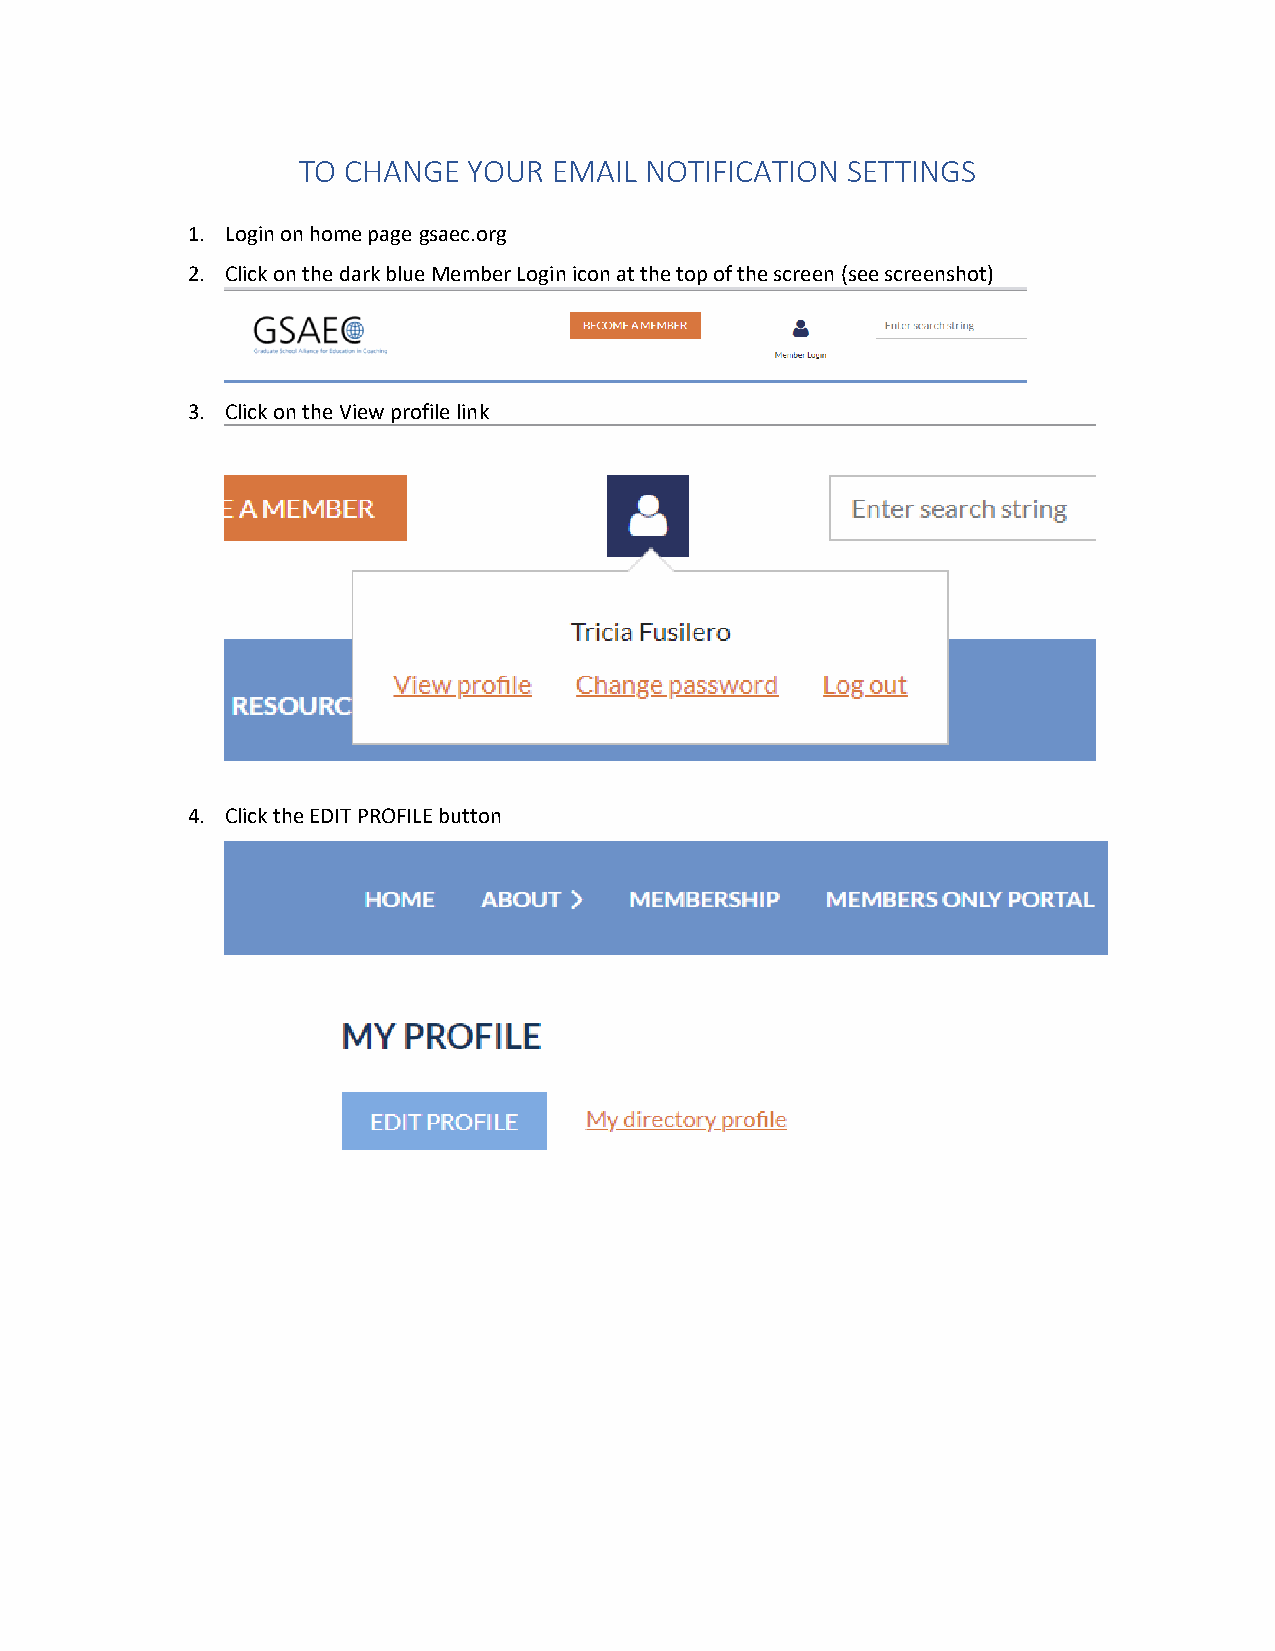
TO CHANGE  YOUR  EMAIL NOTIFICATION SETTINGS
 1. Login on home page gsaec.org
 2. Click on the dark blue Member Login icon at the top of the screen (see screenshot)
 3. Click on the View profile link
 4. Click the EDIT PROFILE button